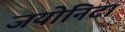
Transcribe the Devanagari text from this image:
जयोनिटा